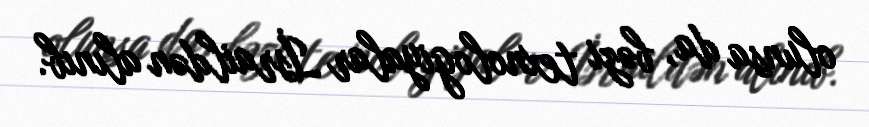
olunsa da, bəzi texnologiyalar İsraildən alınıb.